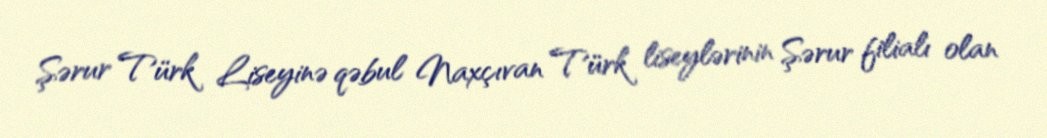
Şərur Türk Liseyinə qəbul Naxçıvan Türk liseylərinin Şərur filialı olan